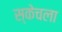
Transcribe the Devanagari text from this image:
स्केचला